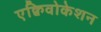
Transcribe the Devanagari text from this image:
एक्विवोकेशन